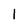
Character: 1